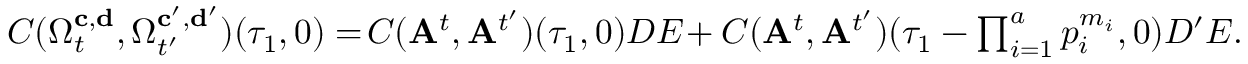
\begin{array} { r } { C ( \Omega _ { t } ^ { \mathbf { c } , \mathbf { d } } , \Omega _ { t ^ { \prime } } ^ { \mathbf { c ^ { \prime } } , \mathbf { d ^ { \prime } } } ) ( \tau _ { 1 } , 0 ) = \! C ( \mathbf { A } ^ { t } , \mathbf { A } ^ { t ^ { \prime } } ) ( \tau _ { 1 } , 0 ) D E \! + C ( \mathbf { A } ^ { t } , \mathbf { A } ^ { t ^ { \prime } } ) ( \tau _ { 1 } - \prod _ { i = 1 } ^ { a } p _ { i } ^ { m _ { i } } , 0 ) D ^ { \prime } E . } \end{array}